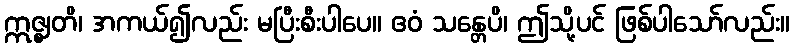
ဣဇ္ဈတိ၊ အကယ်၍လည်း မပြီးစီးပါပေ။ ဧဝံ သန္တေပိ၊ ဤသို့ပင် ဖြစ်ပါသော်လည်း။